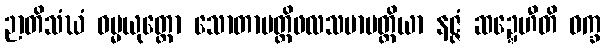
ဉာတိသံဃံ ဓမ္မယုတ္တော သောတာပတ္တိဖလသမာပတ္တိယာ နဇ္ဇံ ဆဍ္ဍေဟီတိ ဝက္ခ